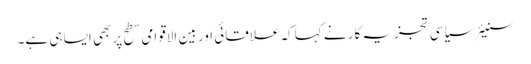
سنیئر سیاسی تجزیہ کار نے کہا کہ علاقائی اور بین الاقوامی سطح پر بھی ایسا ہی ہے۔